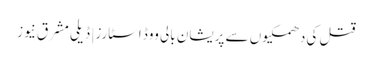
قتل کی دھمکیوں سے پریشان بالی ووڈ اسٹارز | ڈیلی مشرق نیوز